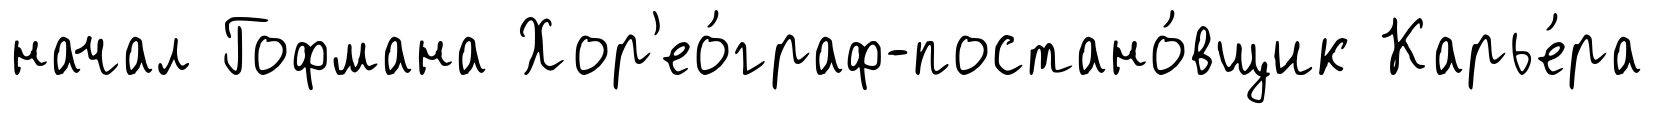
начал Гофмана Хор'ео́граф-постано́вщик Карье́ра